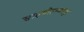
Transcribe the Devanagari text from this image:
साहमोहम्मदपुर